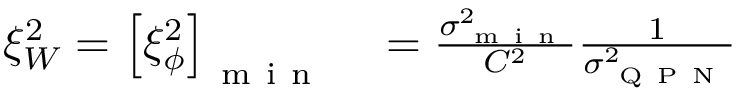
\begin{array} { r l } { \xi _ { W } ^ { 2 } = \left[ \xi _ { \phi } ^ { 2 } \right] _ { \mathrm { ~ m ~ i ~ n ~ } } } & { { } = \frac { \sigma _ { \mathrm { ~ m ~ i ~ n ~ } } ^ { 2 } } { C ^ { 2 } } \frac { 1 } { \sigma _ { \mathrm { ~ Q ~ P ~ N ~ } } ^ { 2 } } } \end{array}